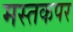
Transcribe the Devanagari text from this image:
मस्तकपर